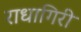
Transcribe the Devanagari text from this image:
राधागिरी